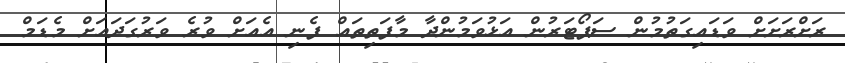
ރަށްރަށަށް ވަޑައިގަތުމުން ސަޕޯޓަރުން އަޅުވަމުންދާ މާފަތިތައް ފެނި އެއަށް ވުރެ ވަރުގަދައަށް މެޑަމް